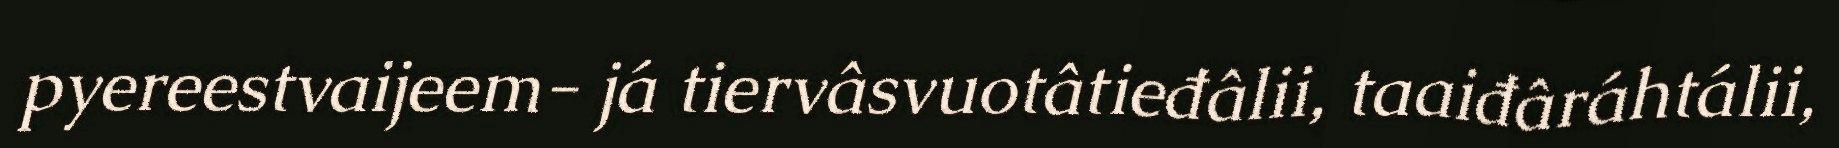
pyereestvaijeem- já tiervâsvuotâtieđâlii, taaiđâráhtálii,